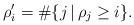
LaTeX: \begin{align*} \rho'_i = \#\{j \,|\, \rho_j\geq i\}.\end{align*}